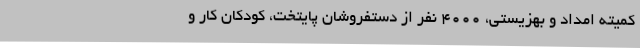
کمیته امداد و بهزیستی، 4000 نفر از دستفروشان پایتخت، کودکان کار و